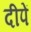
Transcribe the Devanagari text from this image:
दीपें